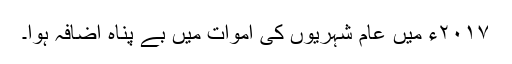
۲۰۱۷ء میں عام شہریوں کی اموات میں بے پناہ اضافہ ہوا۔